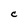
Character: C